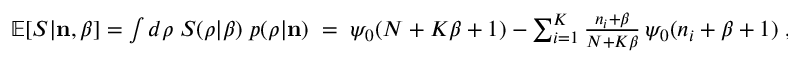
\begin{array} { r } { \mathbb { E } [ S | { \bf n } , \beta ] = \int d \boldsymbol { \rho } \; S ( \boldsymbol { \rho } | \beta ) \; p ( \boldsymbol { \rho } | { \bf n } ) \; = \; \psi _ { 0 } ( N + K \beta + 1 ) - \sum _ { i = 1 } ^ { K } \frac { n _ { i } + \beta } { N + K \beta } \, \psi _ { 0 } ( n _ { i } + \beta + 1 ) \; , } \end{array}